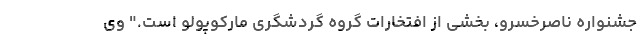
جشنواره ناصرخسرو، بخشی از افتخارات گروه گردشگری مارکوپولو است." وی